Report of the Indian Hemp Drugs Commission, 1894-1895 - Volume IV
Year: 1894
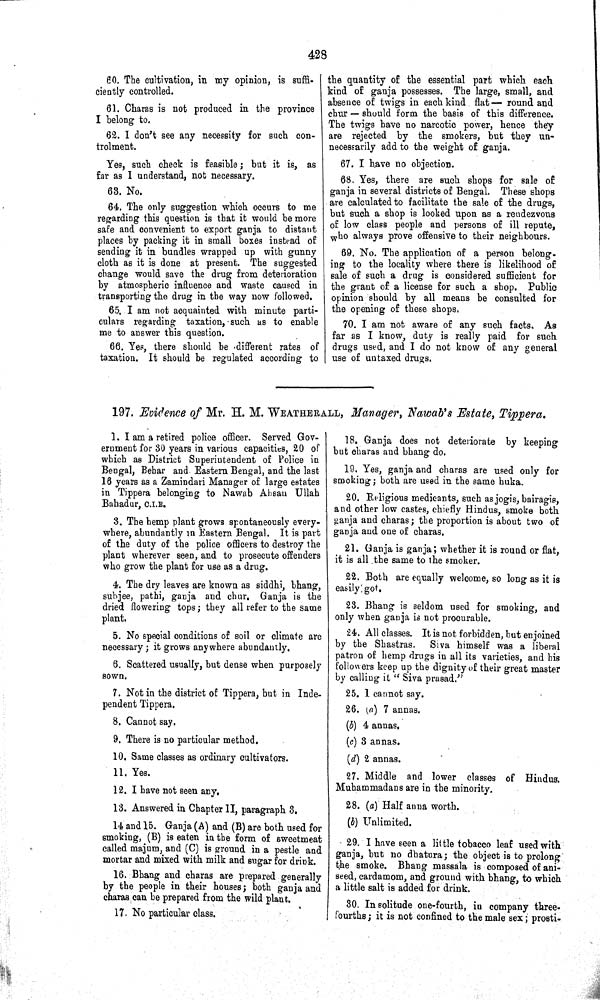
428
60. The cultivation, in my opinion, is suffi-
ciently controlled.
61. Charas is not produced in the province
I belong to.
62. I don't see any necessity for such con-
trolment.
Yes, such check is feasible; but it is, as
far as I understand, not necessary.
63. No.
64. The only suggestion which occurs to me
regarding this question is that it would be more
safe and convenient to export ganja to distant
places by packing it in small boxes instead of
sending it in bundles wrapped up with gunny
cloth as it is done at present. The suggested
change would save the drug from deterioration
by atmospheric influence and waste caused in
transporting the drug in the way now followed.
65. I am not acquainted with minute parti-
culars regarding taxation, such as to enable
me to answer this question.
66. Yes, there should be different rates of
taxation. It should be regulated according to
the quantity of the essential part which each
kind of ganja possesses. The large, small, and
absence of twigs in each kind flat— round and
chur — should form the basis of this difference.
The twigs have no narcotic power, hence they
are rejected by the smokers, but they un-
necessarily add to the weight of ganja.
67. I have no objection.
68. Yes, there are such shops for sale of
ganja in several districts of Bengal. These shops
are calculated to facilitate the sale of the drugs,
but such a shop is looked upon as a rendezvous
of low class people and persons of ill repute,
who always prove offensive to their neighbours.
69. No. The application of a person belong-
ing to the locality where there is likelihood of
sale of such a drug is considered sufficient for
the grant of a license for such a shop. Public
opinion should by all means be consulted for
the opening of these shops.
70. I am not aware of any such facts. As
far as I know, duty is really paid for such
drugs used, and I do not know of any general
use of untaxed drugs.
197. Evidence of Mr. H. M. WEATHERALL, Manager, Nawab's Estate, Tippera.
1. I am a retired police officer. Served Gov-
ernment for 30 years in various capacities, 20 of
which as District Superintendent of Police in
Bengal, Behar and Eastern Bengal, and the last
16 years as a Zamindari Manager of large estates
in Tippera belonging to Nawab Ahsan Ullah
Bahadur, C.I.E.
3. The hemp plant grows spontaneously every-
where, abundantly in Eastern Bengal. It is part
of the duty of the police officers to destroy the
plant wherever seen, and to prosecute offenders
who grow the plant for use as a drug.
4. The dry leaves are known as siddhi, bhang,
subjee, pathi, ganja and chur. Ganja is the
dried flowering tops; they all refer to the same
plant.
5. No special conditions of soil or climate are
necessary; it grows anywhere abundantly.
6. Scattered usually, but dense when purposely
sown.
7. Not in the district of Tippera, but in Inde-
pendent Tippera.
8. Cannot say.
9. There is no particular method.
10. Same classes as ordinary cultivators.
11. Yes.
12. I have not seen any.
13. Answered in Chapter II, paragraph 3.
14 and 15. Ganja (A) and (B) are both used for
smoking, (B) is eaten in the form of sweetmeat
called majum, and (C) is ground in a pestle and
mortar and mixed with milk and sugar for drink.
16. Bhang and charas are prepared generally
by the people in their houses; both ganja and
charas can be prepared from the wild plant.
17. No particular class.
18. Ganja does not deteriorate by keeping
but charas and bhang do.
19. Yes, ganja and charas are used only for
smoking; both are used in the same huka.
20. Religious medicants, such as jogis, bairagis,
and other low castes, chiefly Hindus, smoke both
ganja and charas; the proportion is about two of
ganja and one of charas.
21. Ganja is ganja; whether it is round or flat,
it is all the same to the smoker.
22. Both are equally welcome, so long as it is
easily got.
23. Bhang is seldom used for smoking, and
only when ganja is not procurable.
24. All classes. It is not forbidden, but enjoined
by the Shastras.
Siva himself was a liberal
patron of hemp drugs in all its varieties, and his
followers keep up the dignity of their great master
by calling it "Siva prasad."
25. 1 cannot say.
26. (a) 7 annas.
(b) 4 annas.
(c) 3 annas.
(d) 2 annas.
27. Middle and lower classes of Hindus.
Muhammadans are in the minority.
28. (a) Half anna worth.
(b) Unlimited.
29. I have seen a little tobacco leaf used with
ganja, but no dhatura; the object is to prolong
the smoke. Bhang massala is composed of ani-
seed, cardamom, and ground with bhang, to which
a little salt is added for drink.
30. In solitude one-fourth, in company three-
fourths; it is not confined to the male sex; prosti-